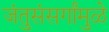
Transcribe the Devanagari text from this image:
जंतुसंसर्गांमुळे